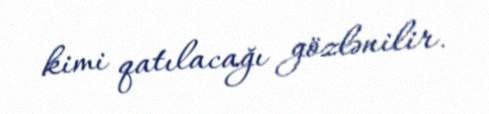
kimi qatılacağı gözlənilir.